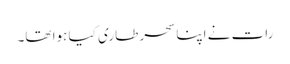
رات نے اپنا سحر طاری کیا ہوا تھا۔